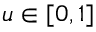
u \in [ 0 , 1 ]